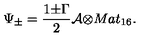
{ \Psi } _ { \pm } = \frac { 1 { \pm } { \Gamma } } { 2 } { \cal A } { \otimes } M a t _ { 1 6 } .